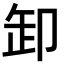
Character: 卸